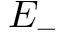
E _ { - }